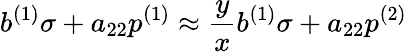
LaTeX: b^{(1)}\sigma+a_{22}p^{(1)}\approx\frac{y}{x}b^{(1)}\sigma+a_{22}p^{(2)}